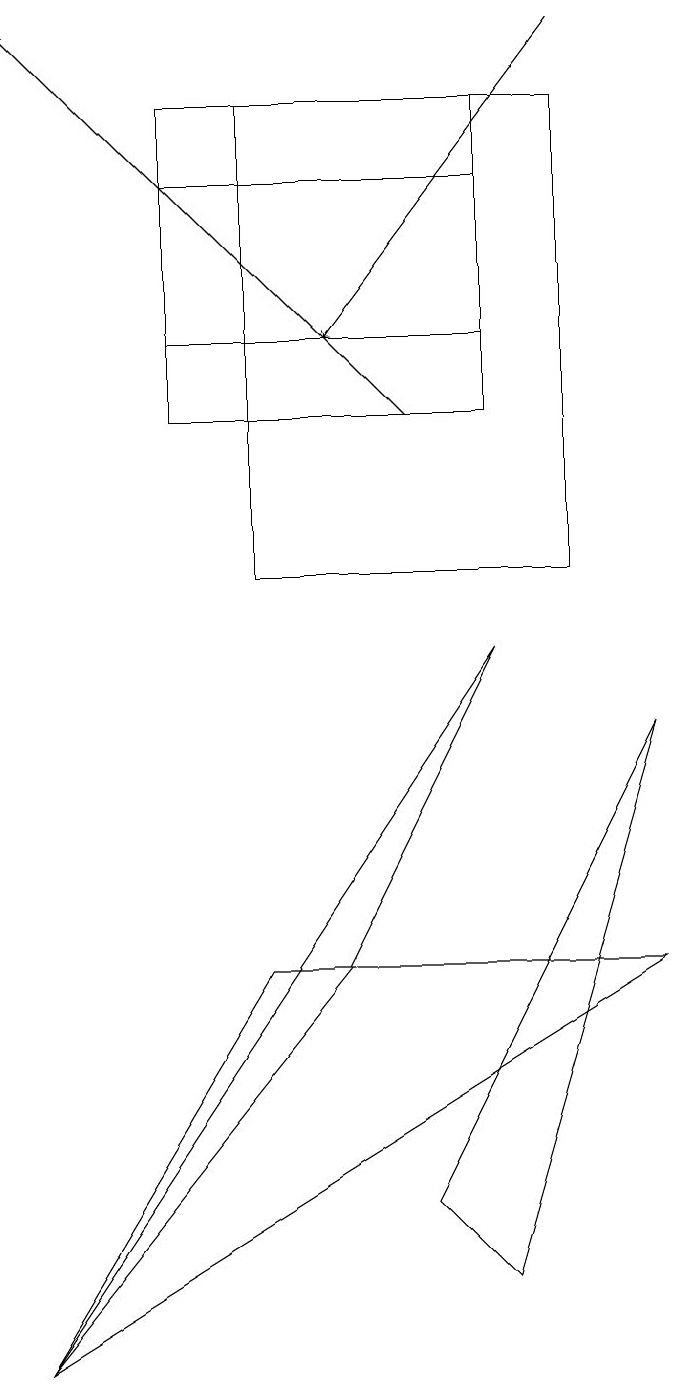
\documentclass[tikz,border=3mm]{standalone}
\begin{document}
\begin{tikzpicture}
\draw (8,16) rectangle (4,10);
\draw (3,13) rectangle (7,15);
\draw[->] (8,17) -- (5,13);
\draw (4,5) -- (9,5) -- (1,0) -- cycle;
\draw[->] (6,12) -- (1,17);
\draw (7,9) -- (5,5) -- (1,0) -- cycle;
\draw (7,1) -- (6,2) -- (9,8) -- cycle;
\draw (7,12) rectangle (3,16);
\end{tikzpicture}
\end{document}